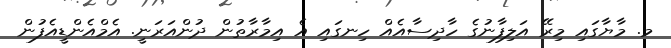
މ. މާޔާގައި މިރޭ އަލިފާނުގެ ހާދިސާއެއް ހިނގައި އެ އިމާރާތުން ދުންއަރަނީ. އެމްއެންޑީއެފުން